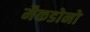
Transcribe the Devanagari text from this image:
मैकडोनो